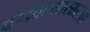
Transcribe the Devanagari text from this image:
बसवल्यासारखा